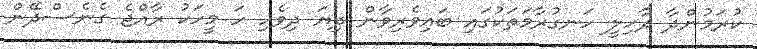
ކުރަމުންދާ ދާހިލީ ހަނގުރާމަތަކުގައި ބައިވެރިވާން ދިޔަ ދިވެހި ހަ މީހަކު ރާއްޖެ ގެނެސްދޭން